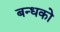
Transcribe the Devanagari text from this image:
बन्धको